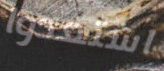
استعدوا